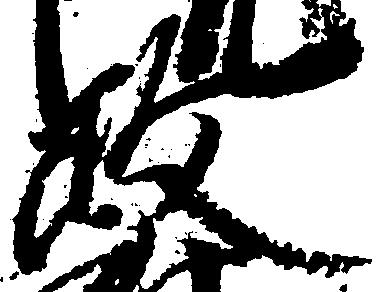
政